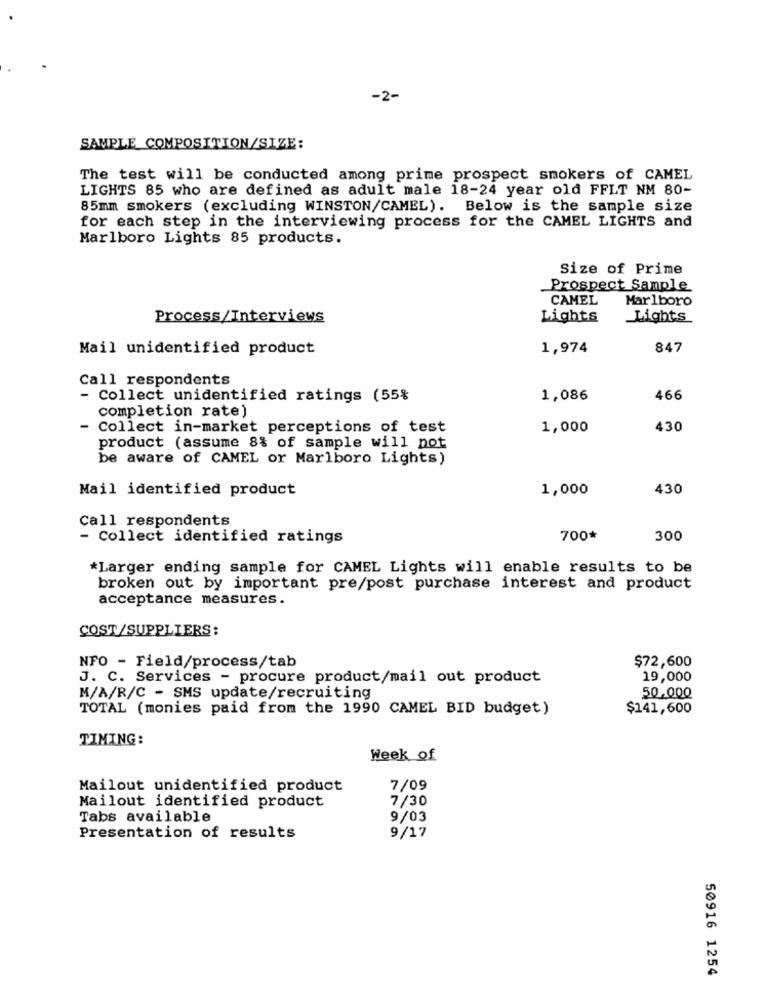
-2-
SAMPLE COMPOSITION/SIZE:
The test will be conducted among prime prospect smokers of CAMEL
LIGHTS 85 who are defined as adult male 18-24 year old FFLT NM 80-
85mm smokers (excluding WINSTON/CAMEL). Below is the sample size
for each step in the interviewing process for the CAMEL LIGHTS and
Marlboro Lights 85 products.
Size of Prime
Prospect Sample
CAMEL
Marlboro
Process/Interviews
Lights
Lights
Mail unidentified product
1,974
847
Call respondents
Collect unidentified ratings (55%
1,086
466
completion rate)
- Collect in-market perceptions of test
1,000
430
product (assume 8% of sample will not
be aware of CAMEL or Marlboro Lights)
Mail identified product
1,000
430
Call respondents
- Collect identified ratings
700*
300
*Larger ending sample for CAMEL Lights will enable results to be
broken out by important pre/post purchase interest and product
acceptance measures.
COST/SUPPLIERS:
$72,600
NFO - Field/process/tab
J. C. Services - procure product/mail out product
19,000
M/A/R/C - SMS update/recruiting
50,000
TOTAL (monies paid from the 1990 CAMEL BID budget)
$141,600
TIMING:
Week of
Mailout unidentified product
7/09
7/30
Mailout identified product
Tabs available
9/03
Presentation of results
9/17
50916 1254